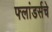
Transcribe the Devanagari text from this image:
फ्लांडर्सचे